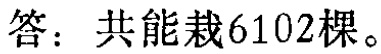
答：共能栽6102棵。